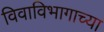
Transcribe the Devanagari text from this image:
विवाविभागाच्या